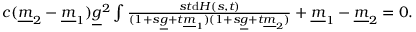
\begin{array} { r } { c ( \underline { { m } } _ { 2 } - \underline { { m } } _ { 1 } ) \underline { { g } } ^ { 2 } \int \frac { s t \mathrm { d } H ( s , t ) } { ( 1 + s \underline { { g } } + t \underline { { m } } _ { 1 } ) ( 1 + s \underline { { g } } + t \underline { { m } } _ { 2 } ) } + \underline { { m } } _ { 1 } - \underline { { m } } _ { 2 } = 0 . } \end{array}